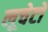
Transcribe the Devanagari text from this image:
लूचेटो